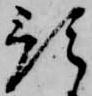
預